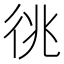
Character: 𢓝